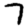
Digit: 7